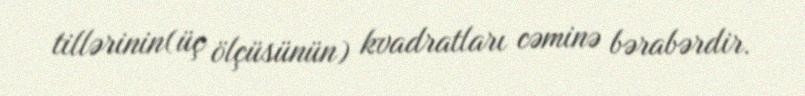
tillərinin(üç ölçüsünün) kvadratları cəminə bərabərdir.